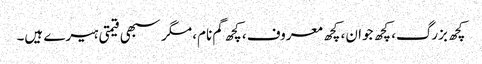
کچھ بزرگ، کچھ جوان، کچھ معروف، کچھ گم نام، مگر سبھی قیمتی ہیرے ہیں۔